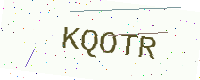
Text: KQOTR